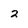
Character: 2